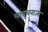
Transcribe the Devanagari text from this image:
यादवराज्य